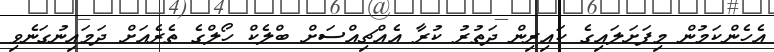
އެހެންކަމުން މިފަށަލައިގެ ކައިރިން ދަތުރު ކުރާ އެއްޗިއްސަށް ބްލެކް ހޯލްގެ ތެރެއަށް ދަމައިނުގަނެވި